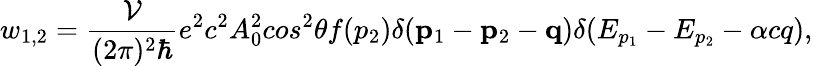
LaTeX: w_{1,2}=\frac{{\cal{V}}}{(2\pi)^{2}\hbar}e^{2}c^{2}A_{0}^{2}cos^{2}\theta f(p_{2})\delta(\mathbf{p}_{1}-\mathbf{p}_{2}-\mathbf{q})\delta(E_{p_{1}}-E_{p_{2}}-\alpha cq),